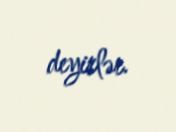
deyirlər.